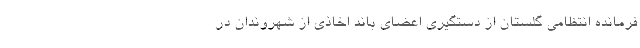
فرمانده انتظامی گلستان از دستگیری اعضای باند اخاذی از شهروندان در